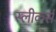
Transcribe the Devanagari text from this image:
स्लीकर्स